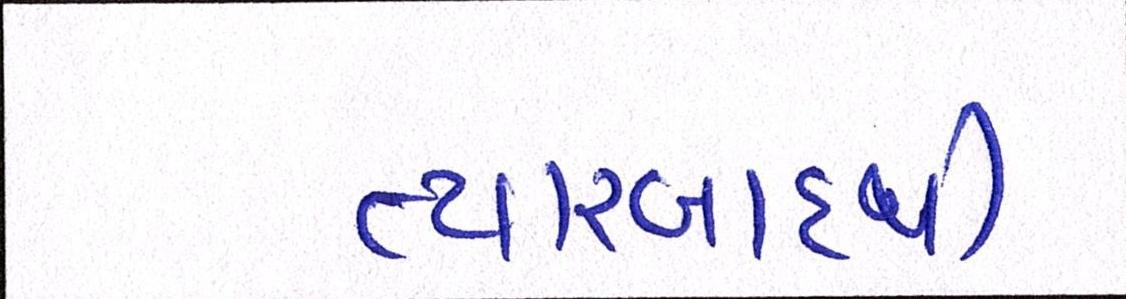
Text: ત્યારબાદથી